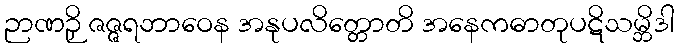
ဉာဏဉှိ ဇဇ္ဇရဘာဝေန အနုပလိတ္တောတိ အနေကဓာတုပဋိသမ္ဘိဒါ